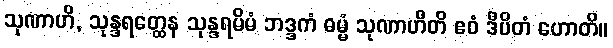
သုဏာဟိ, သုန္ဒရတ္ထေန သုန္ဒရမိမံ ဘဒ္ဒကံ ဓမ္မံ သုဏာဟီတိ ဧဝံ ဒီပိတံ ဟောတိ။